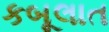
કબૂલાત